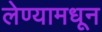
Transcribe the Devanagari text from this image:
लेण्यामधून